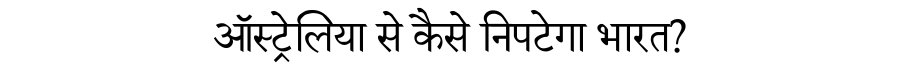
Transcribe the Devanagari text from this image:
ऑस्ट्रेलिया से कैसे निपटेगा भारत?